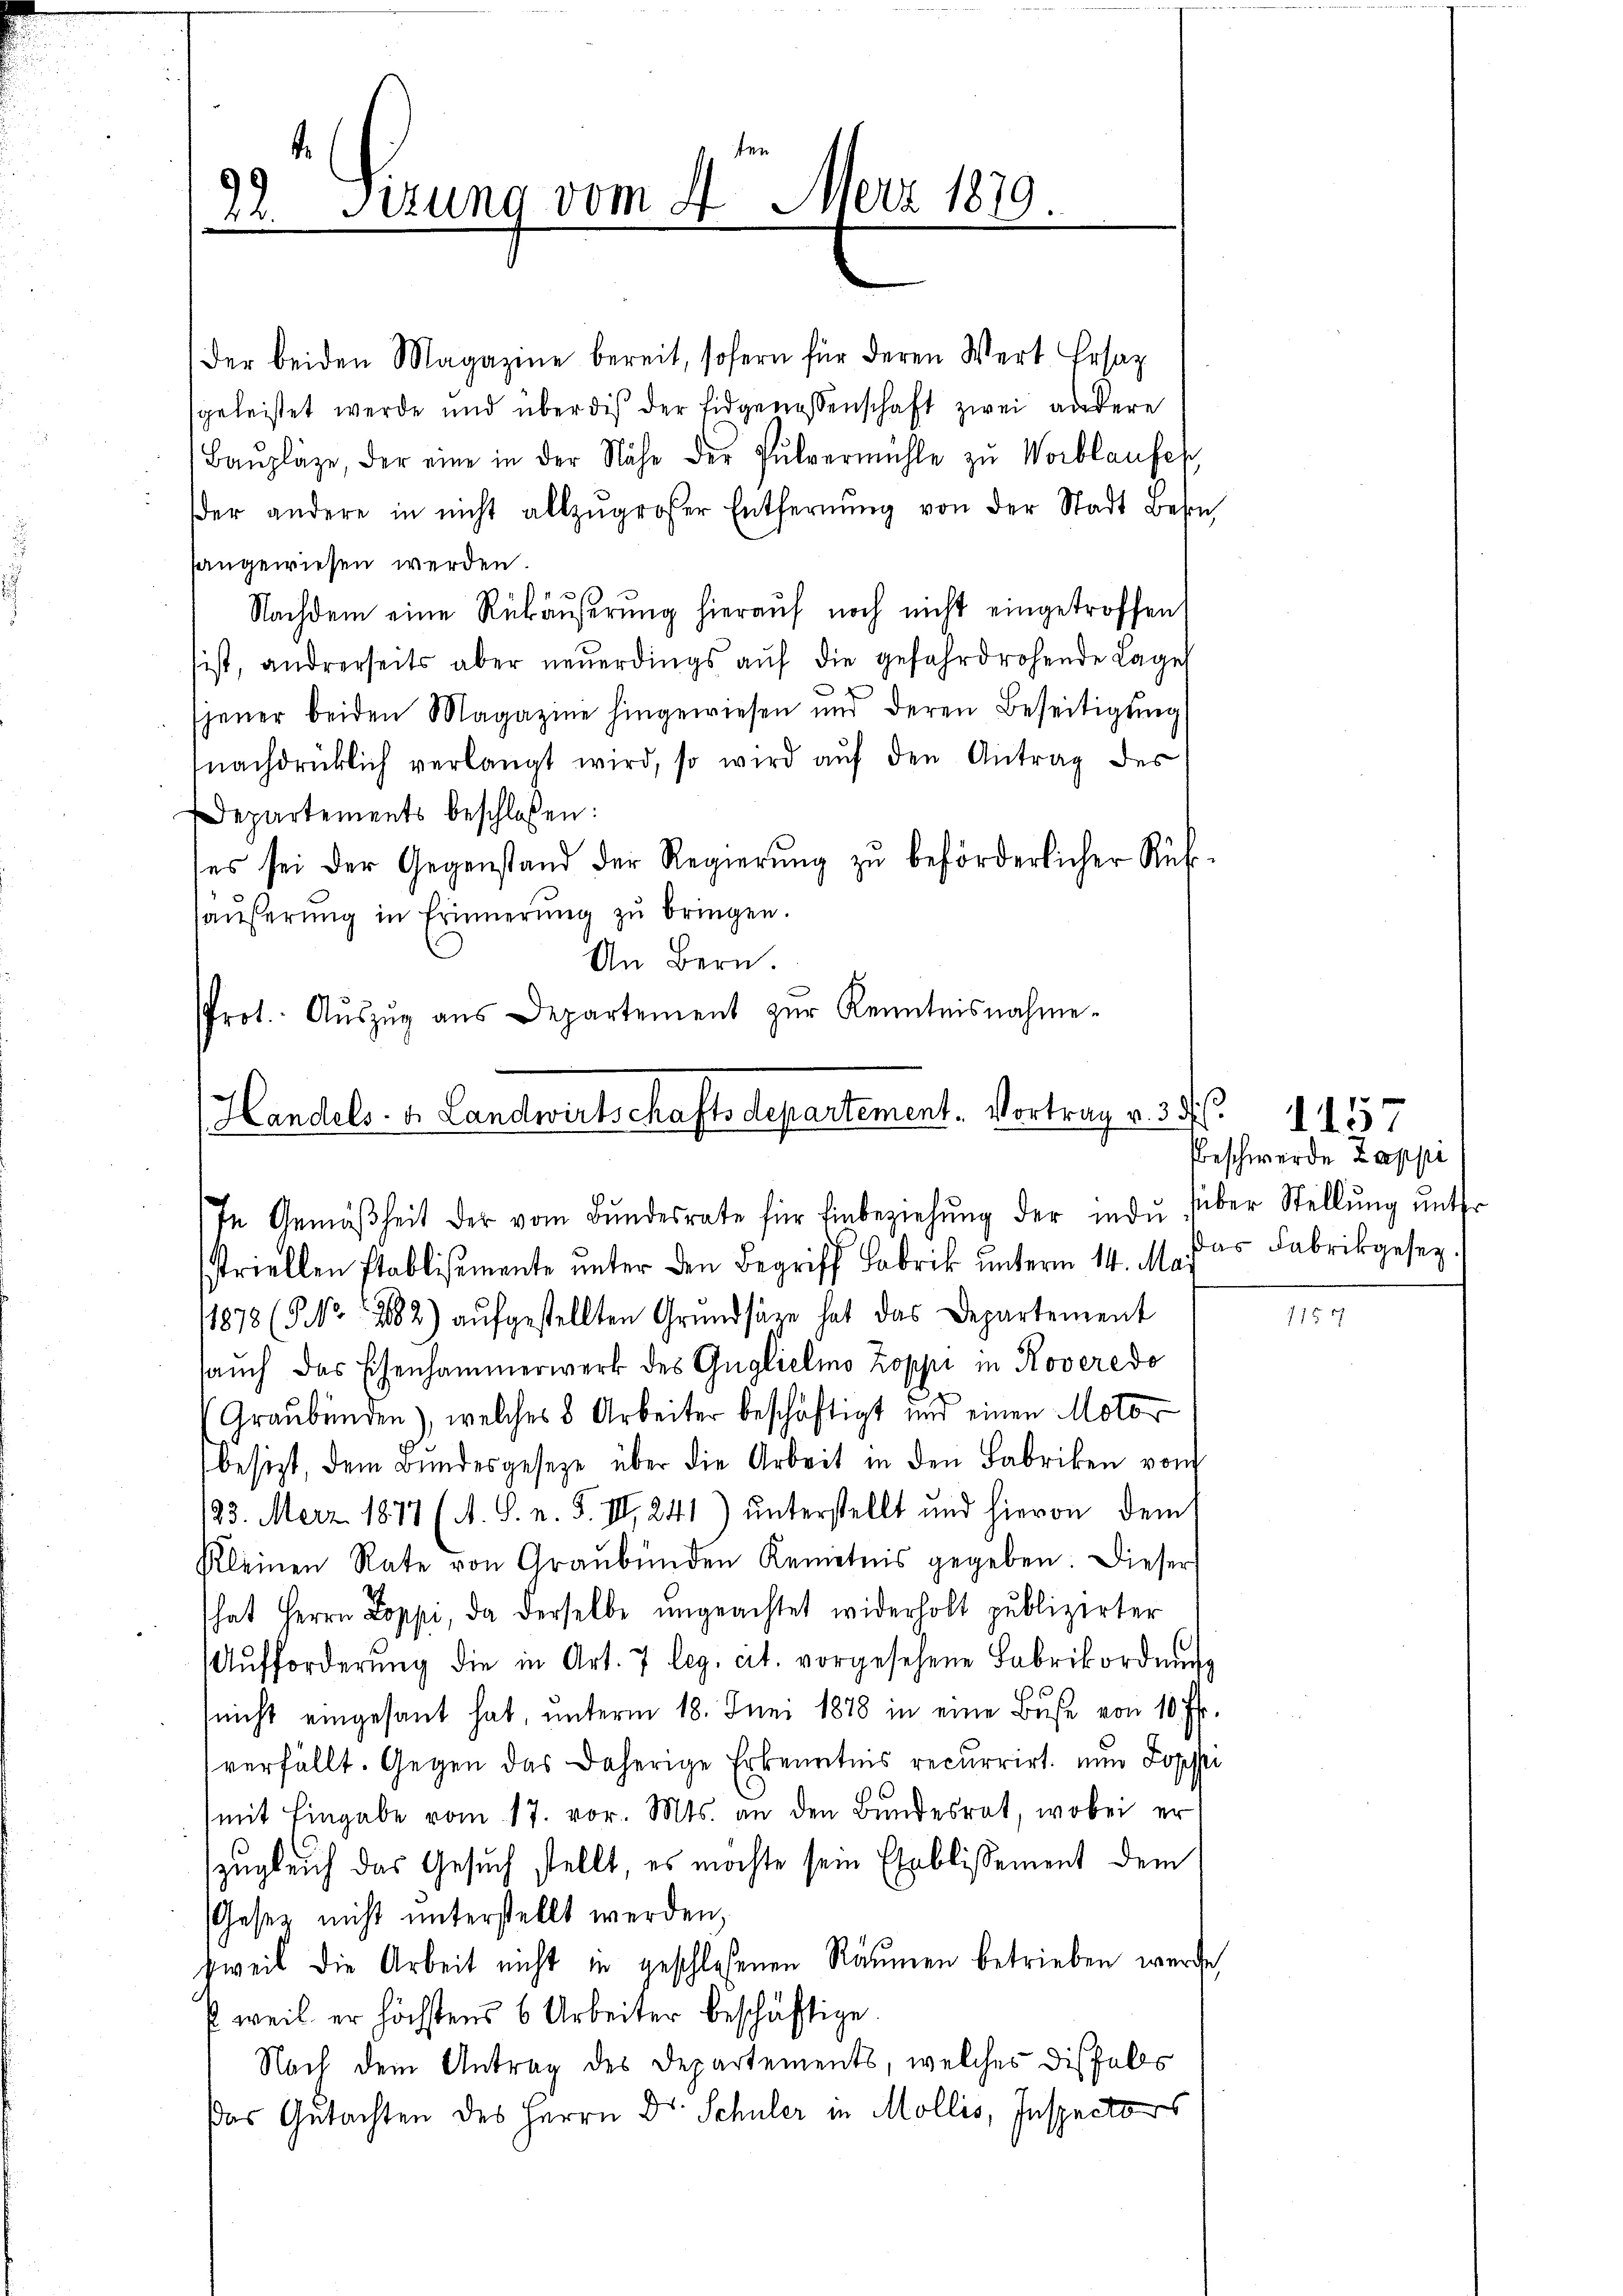
22. Sizung vom 4. Merz 1879.

Handels- u. Landwirtschaftsdepartement. Vortrag v. 35. 457
In Gemäßheit der vom Bundesrate für Einbeziehung der in du

der beiden Magazine bereit, sofern für deren Wert Ersatz
geleistet werde und über die der Eidgenossenschaft zwei andere
Baŭpläge, der eine in der Nähe der Pulvermühle zŭ Worblaufen
der andere in nicht allzŭgroßer Entfernŭng von der Stadt Beson
sangewiesen werden.
Nachdem eine Rükäußerung hieraŭf noch nicht eingetroffen
ist, andererseits aber neŭerdings aŭf die gefahrdrohende Lage
jener beiden Magazine hingewiesen und deren Beseitigung
nachdrücklich verlangt wird, so wird aŭf den Antrag des
Departements beschloßen:
es sei der Gegenstand der Regierung zu beförderlicher Rükhäuserung in Erinnerung zu bringen.
An Bern.
Prot. Aŭszŭg aŭs Departement zŭr Kenntnisnahme-

striellen stablissemente unter den Begriff Fabrik unterm 14. Mai
1878 (5 No 282) aufgestellten Grundsäre hat das Departement
aŭch das Eisenhammerwerk des Guglielmo Zoppi in Roveredo
Graubünden), welches 8 Arbeiter beschäftigt und einen Motor
besizt, dem Bŭndesgeseze über die Arbeit in den Fabriken von
123. Merz 1877 (A. S. n. F. III, 241) unterstellt und hievon dem
Kleinen Rate von Graubünden Kenntnis gegeben. Dieser
hat Herrn Doppi, da derselbe ungeachtet widerholt publizirter
Aŭfforderŭng die in Art. 7 leg. et. vorgesehene Fabrikordnung
¬
nicht eingesant hat, ŭnterm 18. Juni 1878 in eine Bŭsse von 10 Fr.
verfällt. Gegen das daherige Erkenntnis recurrirt nun Loppi
(mit Eingabe vom 17. vor. Mts. an den Bundesrat, wobei er
zugleich das Gesuch stellt, es möchte sein Etablissement dem
Gesetz nicht unterstellt werden,
zweit die Arbeit nicht in geschlossenen Räumen betrieben werde,
s weil er höchstens 6 Arbeiter beschäftige.
Nach dem Antrag des Departements, welches diesfalls
das Gutachten des Herrn Dr. Schüler in Mollis, Inspectors

Beschwerde Lappi
über Stellung unter
Das Fabrikgesez.

715